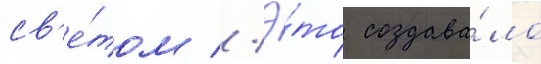
св'е́том // Э́то создава́ло